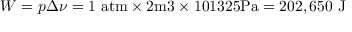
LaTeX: W = { p \Delta \nu } = 1 ~ { \mathrm { a t m } } \times 2 { \mathrm { m 3 } } \times 1 0 1 3 2 5 { \mathrm { P a } } = 2 0 2 , 6 5 0 { \mathrm { ~ J } }